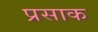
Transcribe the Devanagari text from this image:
प्रसाक